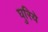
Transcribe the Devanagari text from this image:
घुरिये